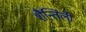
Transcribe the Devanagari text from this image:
शैन्तिली